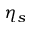
\eta _ { s }